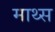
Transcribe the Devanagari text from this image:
माथ्स